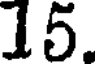
15.